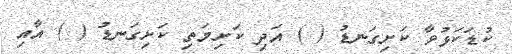
ކުޑަކަޅުވާ ކަށިގަނޑު ( ) އަދި ކަށިމަތި ކަށިގަނޑު ( ) އާއި